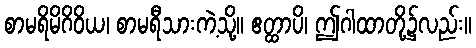
စာမရိမိဂိဝိယ၊ စာမရီသားကဲ့သို့။ ဧတ္ထာပိ၊ ဤဂါထာတို့၌လည်း။